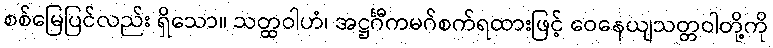
စစ်မြေပြင်လည်း ရှိသော။ သတ္ထဝါဟံ၊ အဋ္ဌင်္ဂီကမဂ်စက်ရထားဖြင့် ဝေနေယျသတ္တဝါတို့ကို